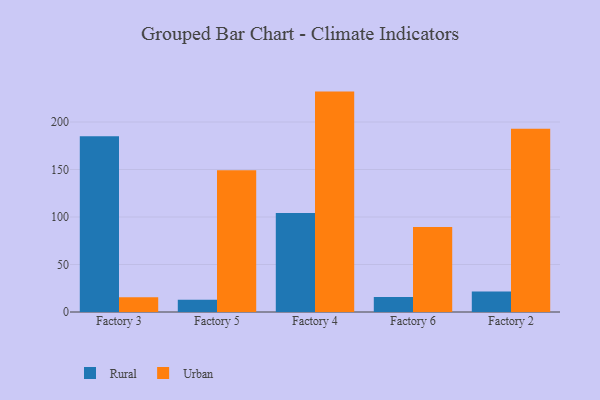
{"axis": {"x": "Factory", "y": "Operating Costs (USD K)"}, "legend": ["Rural", "Urban"], "data": [{"x": "Factory 3", "y": 184.9, "type": "Rural"}, {"x": "Factory 3", "y": 15.6, "type": "Urban"}, {"x": "Factory 5", "y": 12.9, "type": "Rural"}, {"x": "Factory 5", "y": 149.1, "type": "Urban"}, {"x": "Factory 4", "y": 104.2, "type": "Rural"}, {"x": "Factory 4", "y": 232.0, "type": "Urban"}, {"x": "Factory 6", "y": 15.7, "type": "Rural"}, {"x": "Factory 6", "y": 89.5, "type": "Urban"}, {"x": "Factory 2", "y": 21.6, "type": "Rural"}, {"x": "Factory 2", "y": 192.8, "type": "Urban"}]}